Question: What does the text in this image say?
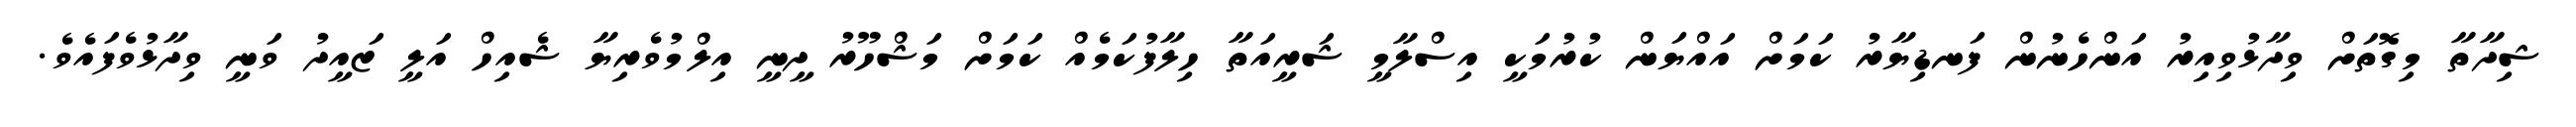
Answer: ޝިދާތާ މިގޮތަށް ވިދާޅުވިއިރު އަންހެނުން ފަނޑިޔާރު ކަމަށް އައްޔަން ކުރުމަކީ އިސްލާމީ ޝަރީއަތާ ހިލާފުކަމެއް ކަމަށް މަޝްހޫރު ދީނީ އިލްމުވެރިޔާ ޝެއިހް އަލީ ޒައީދު ވަނީ ވިދާޅުވެފައެވެ.